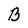
Character: B